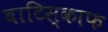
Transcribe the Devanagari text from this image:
बाटिस्काफ